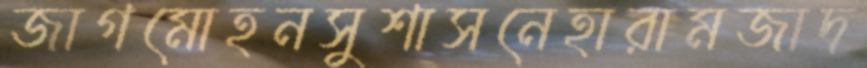
জাগমোহনসুশাসনেহারামজাদ